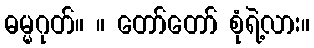
ဓမ္မဂုတ်။ ။ တော်တော် စုံရဲ့လား။